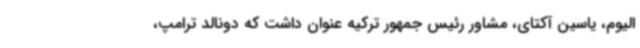
الیوم، یاسین آکتای، مشاور رئیس جمهور ترکیه عنوان داشت که دونالد ترامپ،